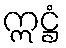
ဣဋ္ဌံ